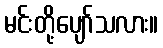
မင်းတို့ပျော်သလား။